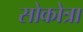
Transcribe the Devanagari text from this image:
सोकोत्रा